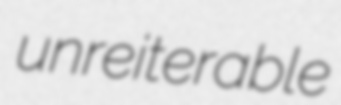
unreiterable